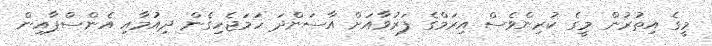
މީގެ އިތުރުން މީގެ ކުރިންވެސް އިރަމްގެ ފަރުވާއަށް އާސަންދަ ހަމަޖެހިގެން ދިއުމާއި އެންސްޕާއިން